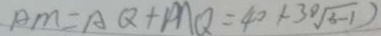
A M = A Q + M Q = 4 0 + 3 0 \sqrt { 3 - 1 } )